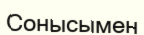
Сонысымен